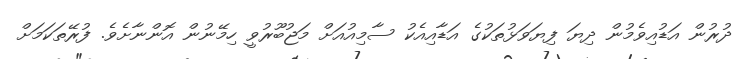
ދުރުން އަޑުއިވެމުން ދިޔަ ފިޔަވަޅުތަކުގެ އަޑާއިއެކު ސާމިއުއަށް މަޖުބޫރުވީ ހިމޭނުން އޮންނާށެވެ. ފުރޭތަކަމަށް